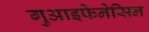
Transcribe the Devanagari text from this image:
गुआइफेनेसिन